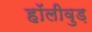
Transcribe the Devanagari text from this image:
हॉलीवुड़